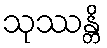
သုဿန္တိ